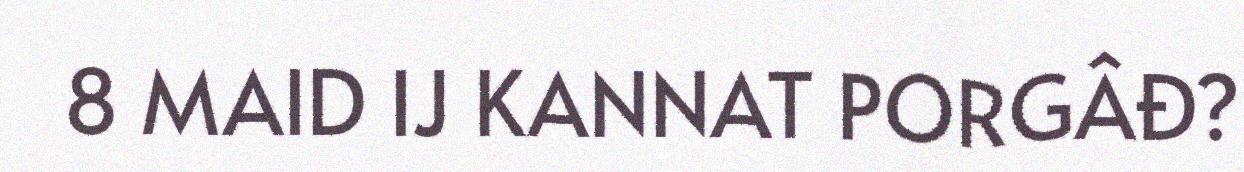
8 MAID IJ KANNAT PORGÂĐ?